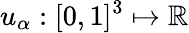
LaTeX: u_{\alpha}:[0,1]^{3}\mapsto\mathbb{R}